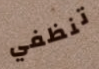
تنظفي